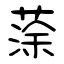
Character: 蒤